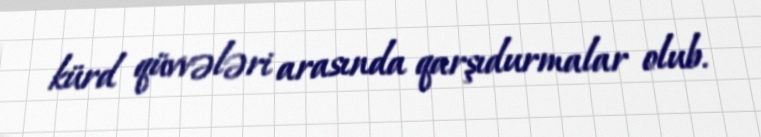
kürd qüvvələri arasında qarşıdurmalar olub.